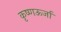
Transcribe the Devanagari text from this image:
कृष्णऊर्जा